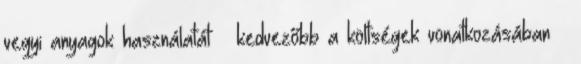
vegyi anyagok használatát  kedvezőbb a költségek vonatkozásában 